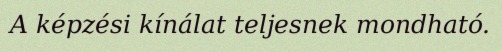
A képzési kínálat teljesnek mondható.